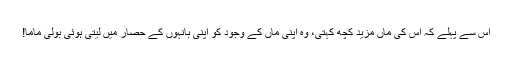
اس سے پہلے کہ اس کی ماں مزید کچھ کہتی، وہ اپنی ماں کے وجود کو اپنی بانہوں کے حصار میں لیتی ہوئی بولی ماما!